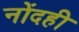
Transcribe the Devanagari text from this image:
नोंदही